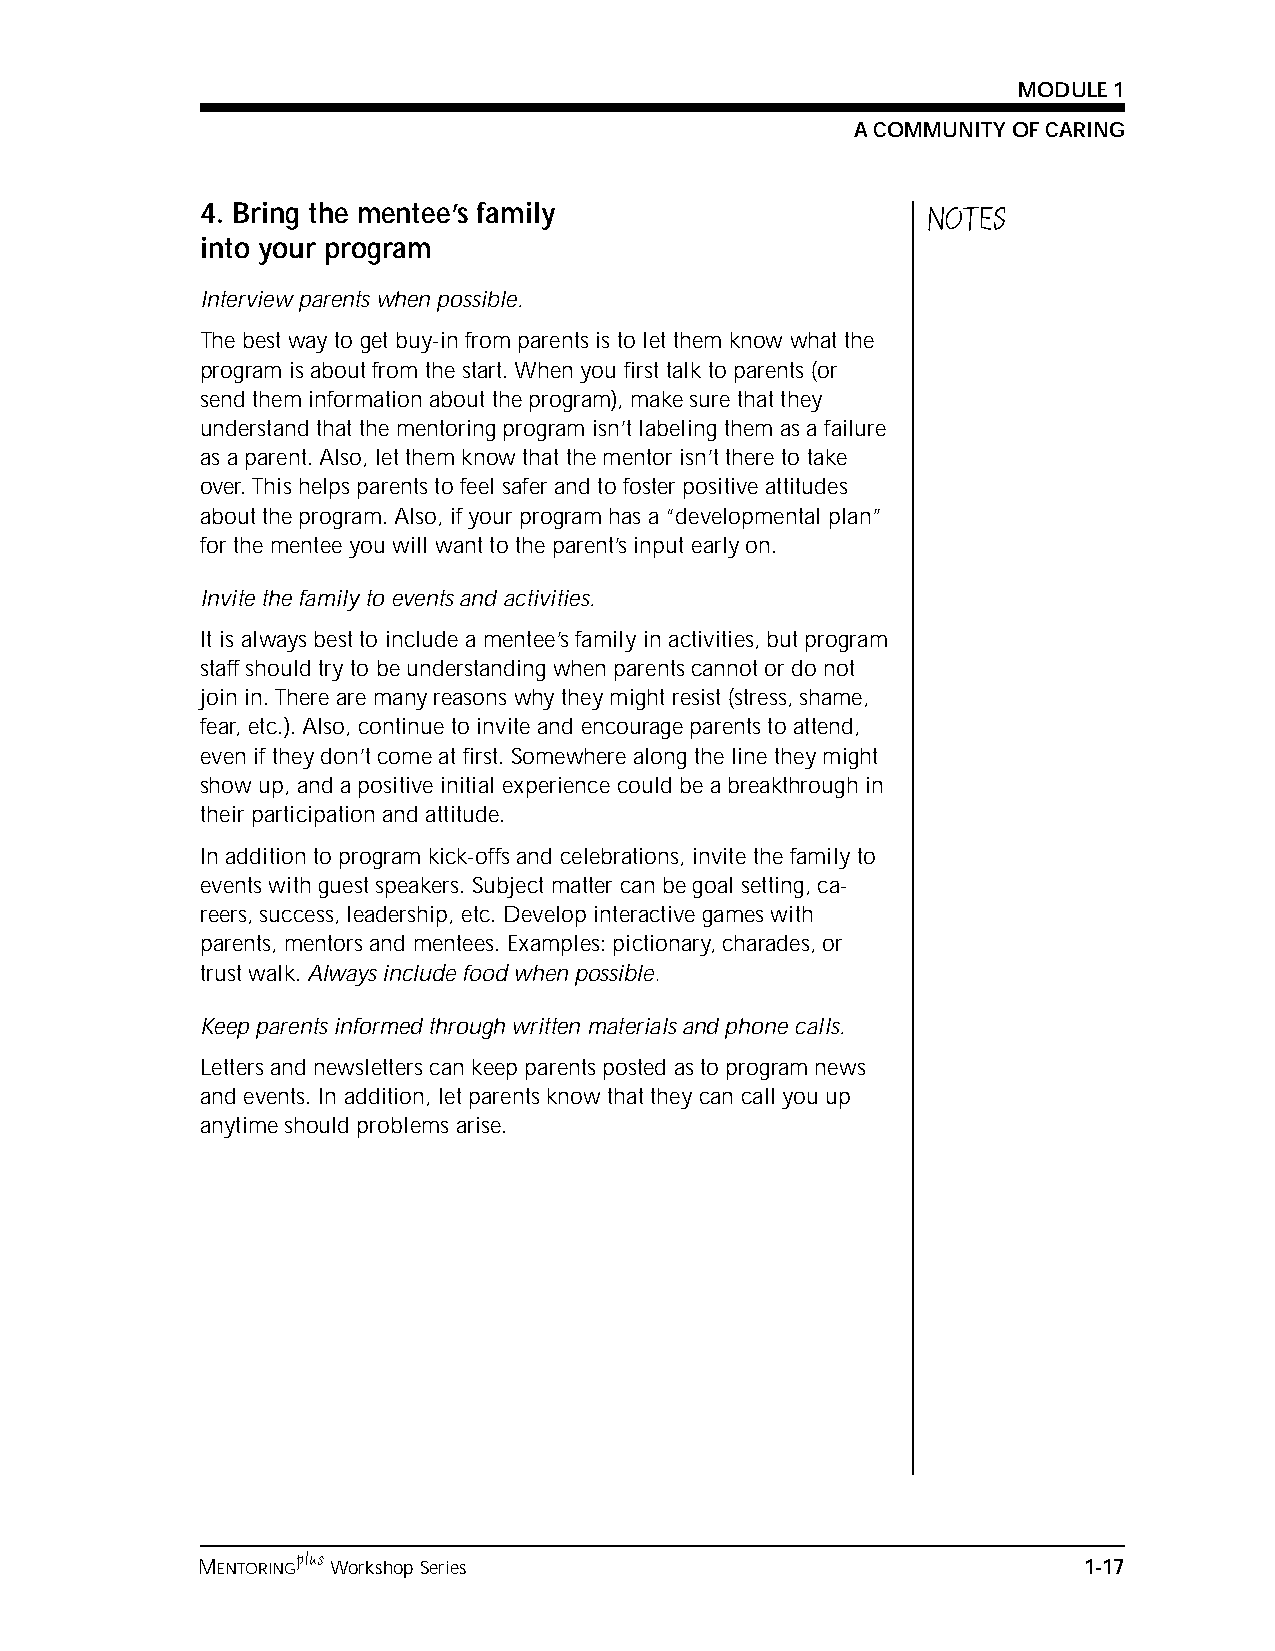
MODULE 1
 A COMMUNITY OF CARING
 4. Bring the mentee’s family                    NOTES
 into your program
 Interview parents when possible.
 The best way to get buy-in from parents is to let them know what the
 program is about from the start. When you first talk to parents (or
 send them information about the program), make sure that they
 understand that the mentoring program isn’t labeling them as a failure
 as a parent. Also, let them know that the mentor isn’t there to take
 over. This helps parents to feel safer and to foster positive attitudes
 about the program. Also, if your program has a “developmental plan”
 for the mentee you will want to the parent’s input early on.
 Invite the family to events and activities.
 It is always best to include a mentee’s family in activities, but program
 staff should try to be understanding when parents cannot or do not
 join in. There are many reasons why they might resist (stress, shame,
 fear, etc.). Also, continue to invite and encourage parents to attend,
 even if they don’t come at first. Somewhere along the line they might
 show up, and a positive initial experience could be a breakthrough in
 their participation and attitude.
 In addition to program kick-offs and celebrations, invite the family to
 events with guest speakers. Subject matter can be goal setting, ca-
 reers, success, leadership, etc. Develop interactive games with
 parents, mentors and mentees. Examples: pictionary, charades, or
 trust walk. Always include food when possible.
 Keep parents informed through written materials and phone calls.
 Letters and newsletters can keep parents posted as to program news
 and events. In addition, let parents know that they can call you up
 anytime should problems arise.
 plus
 MENTORING Workshop Series                                  1-17